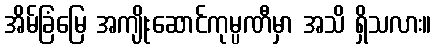
အိမ်ခြံမြေ အကျိုးဆောင်ကုမ္ပဏီမှာ အသိ ရှိသလား။